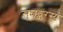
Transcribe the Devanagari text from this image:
सुशङ्करस्य